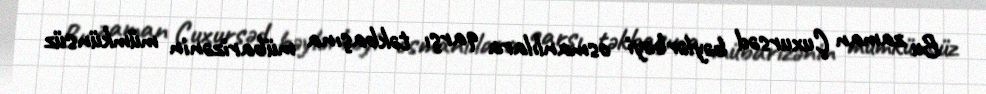
Bu zaman Çuxursəd bəylərbəyi osmanlılara qarşı təkbaşına mübarizənin mümkünsüz